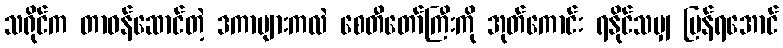
သရိုင်က တာဝန်ဆောင်တဲ့ ဒကာများကလဲ စေတီတော်ကြီးကို အုတ်ကောင်း ရနိုင်သမျှ ပြန်ရအောင်